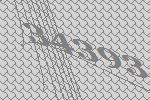
34393